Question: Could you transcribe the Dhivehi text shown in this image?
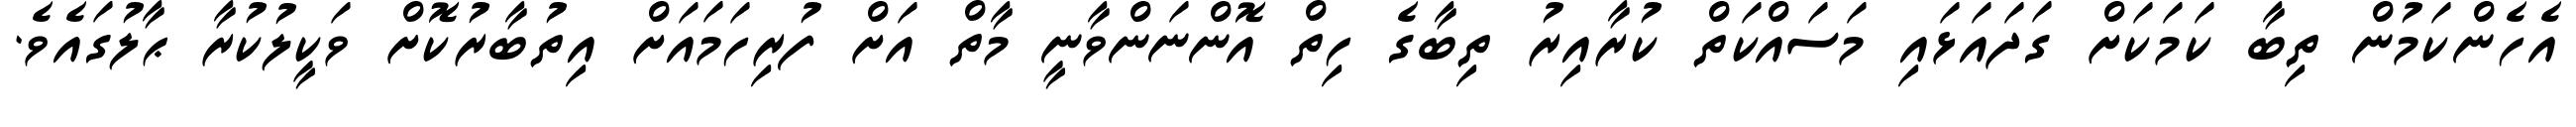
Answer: އެހެންކަމުން ތިބާ ކަމަކަށް ގަދައަޅައި މަސައްކަތް ކުރާއިރު ތިބާގެ ހިތް އޮންނަންވާނީ މާތް އަށް ފުރިހަމައަށް އިތުބާރުކޮށް ވަކީލުކުރާ ޙާލުގައެވެ.